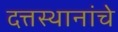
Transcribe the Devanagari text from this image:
दत्तस्थानांचे